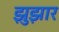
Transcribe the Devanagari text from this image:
झुझार